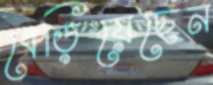
ধেড়িয়েছেন